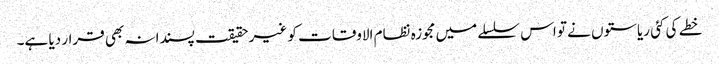
خطے کی کئی ریاستوں نے تو اس سلسلے میں مجوزہ نظام الاوقات کو غیر حقیقت پسندانہ بھی قرار دیا ہے۔